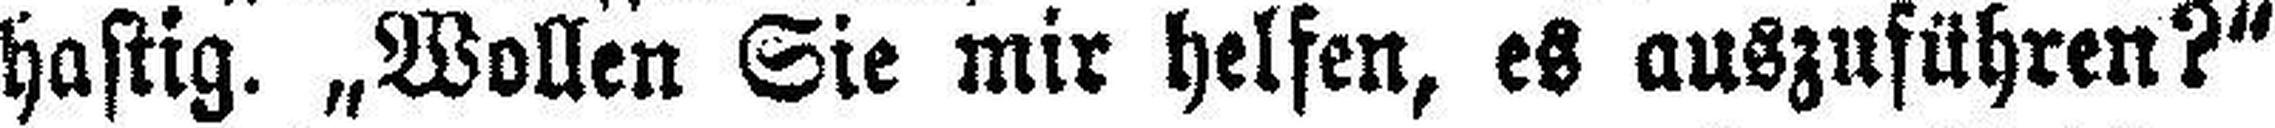
hastig. „Wollen Sie mir helfen, es auszuführen?“